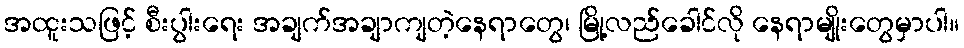
အထူးသဖြင့် စီးပွါးရေး အချက်အချာကျတဲ့နေရာတွေ၊ မြို့လည်ခေါင်လို နေရာမျိုးတွေမှာပါ။